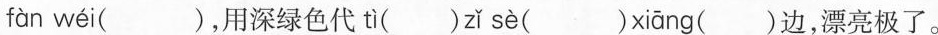
fàn wéi ( )，用深绿色代 tì ( ) zǐ sè ( ) xiāng ( )边，漂亮极了。